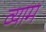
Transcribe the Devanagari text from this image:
व्याम